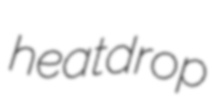
heatdrop